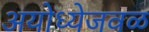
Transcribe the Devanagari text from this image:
अयोध्येजवळ